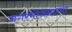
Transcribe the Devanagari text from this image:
नगरभोजनाच्या